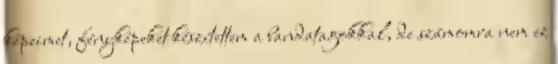
képeimet, fényképeket készí­tettem a bandatagokkal, de számomra nem ez